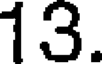
13.